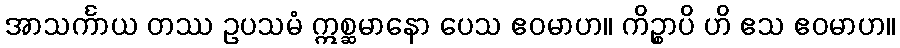
အာသင်္ကာယ တဿ ဥပသမံ ဣစ္ဆမာနော ပေသ ဧဝမာဟ။ ကိဉ္စာပိ ဟိ ဧသ ဧဝမာဟ။